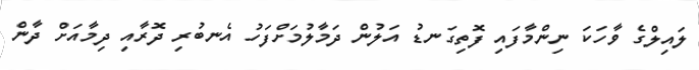
ލައިލްގެ ވާހަކަ ނިންމާފައި ފޮތިގަނޑު އަލުން ދަމާލުމަށްފަހު އެނބުރި ދޮރާއި ދިމާއަށް ދާން